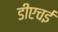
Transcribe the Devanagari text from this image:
डीएचई